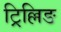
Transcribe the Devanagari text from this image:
ट्रिल्लिङ